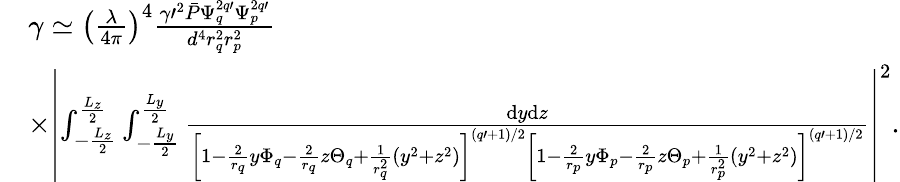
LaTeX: \begin{array}{rl}&{\gamma\simeq\left(\frac{\lambda}{4\pi}\right)^{4}\frac{\gamma\prime^{2}\bar{P}\Psi_{q}^{2q\prime}\Psi_{p}^{2q\prime}}{d^{4}r_{q}^{2}r_{p}^{2}}}\\ &{\times\left|\int_{-\frac{L_{z}}2}^{\frac{L_{z}}2}\int_{-\frac{L_{y}}2}^{\frac{L_{y}}2}\frac{\mathrm{d}y\mathrm{d}z}{\left[1-\frac 2{r_{q}}y\Phi_{q}-\frac 2{r_{q}}z\Theta_{q}+\frac 1{r_{q}^{2}}(y^{2}+z^{2})\right]^{(q\prime+1)/2}\left[1-\frac 2{r_{p}}y\Phi_{p}-\frac 2{r_{p}}z\Theta_{p}+\frac 1{r_{p}^{2}}(y^{2}+z^{2})\right]^{(q\prime+1)/2}}\right|^{2}.}\end{array}